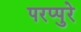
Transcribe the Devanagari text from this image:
परप्पुरे